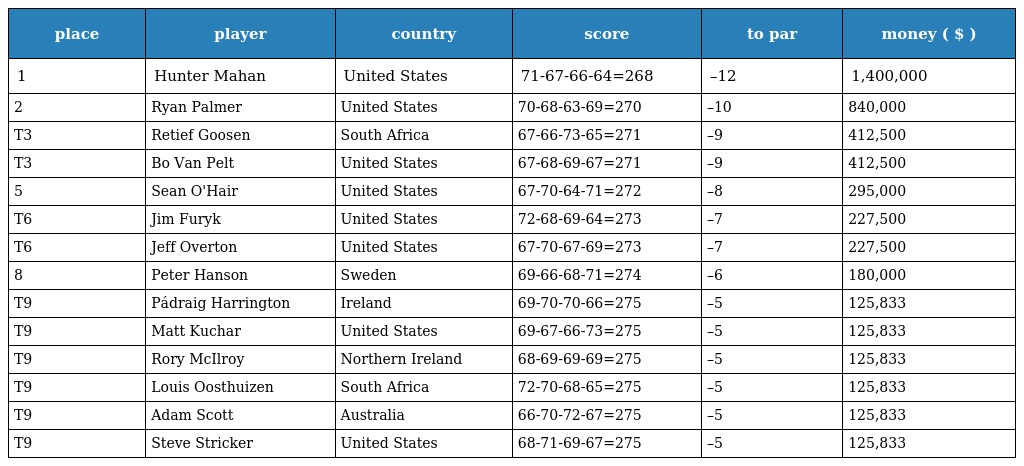
| place | player | country | score | to par | money ( $ ) |
 | --- | --- | --- | --- | --- | --- |
 | 1 | Hunter Mahan | United States | 71-67-66-64=268 | –12 | 1,400,000 |
 | 2 | Ryan Palmer | United States | 70-68-63-69=270 | –10 | 840,000 |
 | T3 | Retief Goosen | South Africa | 67-66-73-65=271 | –9 | 412,500 |
 | T3 | Bo Van Pelt | United States | 67-68-69-67=271 | –9 | 412,500 |
 | 5 | Sean O'Hair | United States | 67-70-64-71=272 | –8 | 295,000 |
 | T6 | Jim Furyk | United States | 72-68-69-64=273 | –7 | 227,500 |
 | T6 | Jeff Overton | United States | 67-70-67-69=273 | –7 | 227,500 |
 | 8 | Peter Hanson | Sweden | 69-66-68-71=274 | –6 | 180,000 |
 | T9 | Pádraig Harrington | Ireland | 69-70-70-66=275 | –5 | 125,833 |
 | T9 | Matt Kuchar | United States | 69-67-66-73=275 | –5 | 125,833 |
 | T9 | Rory McIlroy | Northern Ireland | 68-69-69-69=275 | –5 | 125,833 |
 | T9 | Louis Oosthuizen | South Africa | 72-70-68-65=275 | –5 | 125,833 |
 | T9 | Adam Scott | Australia | 66-70-72-67=275 | –5 | 125,833 |
 | T9 | Steve Stricker | United States | 68-71-69-67=275 | –5 | 125,833 |